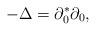
LaTeX: \begin{align*} - \Delta = \partial^*_0\partial_0, \end{align*}